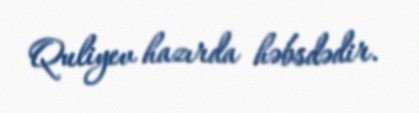
Quliyev hazırda həbsdədir.